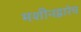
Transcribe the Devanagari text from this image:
मशीनद्वारेच